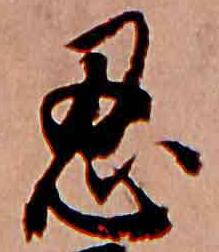
忍